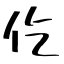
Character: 仡